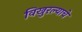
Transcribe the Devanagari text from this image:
विखुरल्याचे